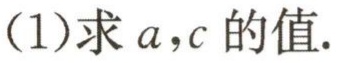
(1)求 \(a,c\) 的值.